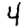
Digit: 4